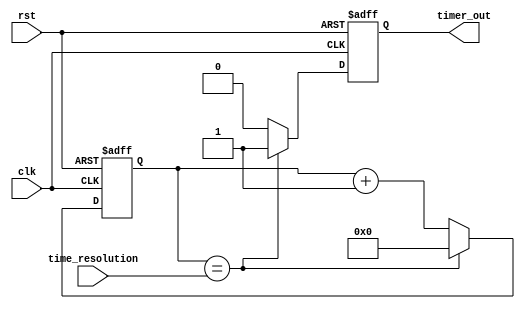
module IntervalTimer (
    input wire clk,
    input wire rst,
    input wire [15:0] time_resolution,
    output wire timer_out
);

reg [15:0] counter;
reg timer_done;

always @ (posedge clk or posedge rst) begin
    if (rst) begin
        counter <= 0;
        timer_done <= 0;
    end else begin
        if (counter == time_resolution) begin
            timer_done <= 1;
            counter <= 0;
        end else begin
            counter <= counter + 1;
            timer_done <= 0;
        end
    end
end

assign timer_out = timer_done;

endmodule